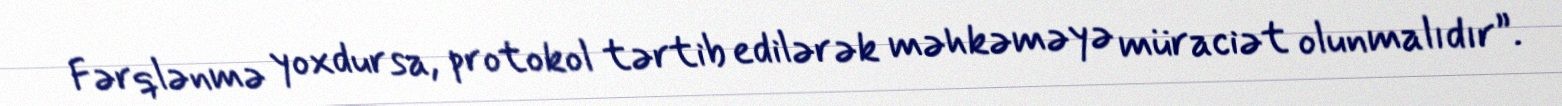
Fərqlənmə yoxdursa, protokol tərtib edilərək məhkəməyə müraciət olunmalıdır”.